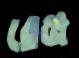
রেঞ্জ